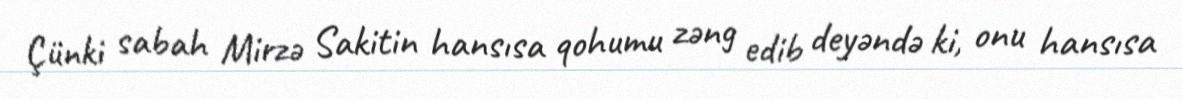
Çünki sabah Mirzə Sakitin hansısa qohumu zəng edib deyəndə ki, onu hansısa